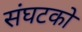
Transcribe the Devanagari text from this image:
संघटको